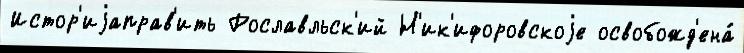
Истор'иjаправ'ить Рославльск'ий Н'ик'ифоровскоjе освобожд'ена́